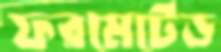
ফরমেটেড